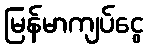
မြန်မာကျပ်ငွေ